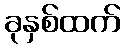
ခုနှစ်ထက်